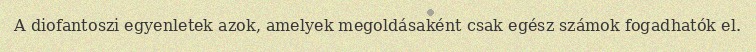
A diofantoszi egyenletek azok, amelyek megoldásaként csak egész számok fogadhatók el.